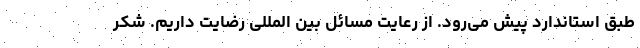
طبق استاندارد پیش می‌رود. از رعایت مسائل بین المللی رضایت داریم. شکر